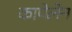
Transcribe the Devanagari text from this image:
कापेलेन